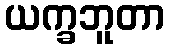
ယက္ခဘူတာ